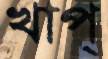
খাপ্